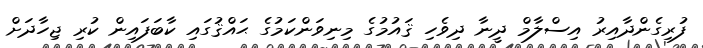
ފުރިގެންދާއިރު އިސްލާމް ދީނާ ދިވެހި ޤައުމުގެ މިނިވަންކަމުގެ ޙައްޤުގައި ކާބަފައިން ކުރި ޖިހާދަށް